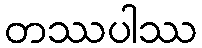
တဿပါဿ